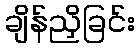
ချိန်ညှိခြင်း